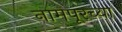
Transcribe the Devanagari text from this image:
नामपूरच्या